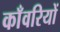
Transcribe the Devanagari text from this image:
काँवरियों